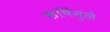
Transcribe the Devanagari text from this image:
ऋषिंमुळे